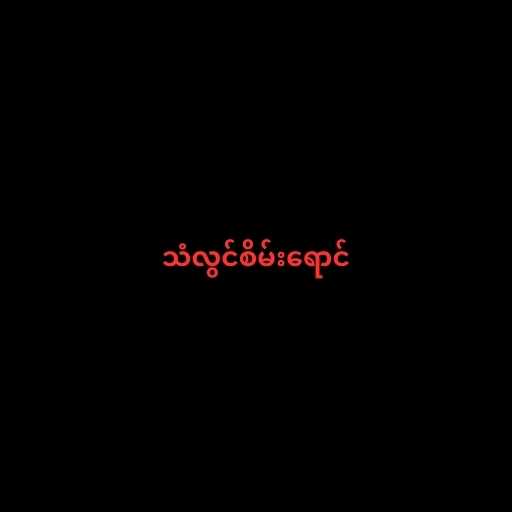
သံလွင်စိမ်းရောင်